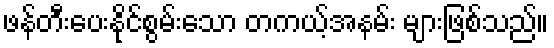
ဖန်တီးပေးနိုင်စွမ်းသော တကယ့်အနမ်း များဖြစ်သည်။